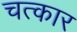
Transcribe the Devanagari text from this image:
चत्कार